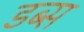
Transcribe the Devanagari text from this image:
डब्स